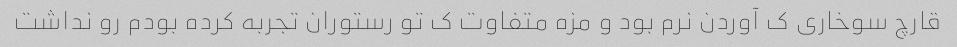
قارچ سوخاری ک آوردن نرم بود و مزه متفاوت ک تو رستوران تجربه کرده بودم رو نداشت